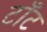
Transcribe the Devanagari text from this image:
टाँट